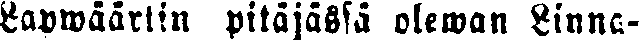
Lapwäärtin pitäjässä olewan Linna-